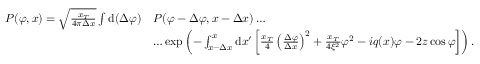
\begin{array} { r l } { P ( \varphi , x ) = \sqrt { \frac { x _ { T } } { 4 \pi \Delta x } } \int \mathrm { d } ( \Delta \varphi ) } & { P ( \varphi - \Delta \varphi , x - \Delta x ) \dots } \\ & { \dots \exp \left( - \int _ { x - \Delta x } ^ { x } \mathrm { d } x ^ { \prime } \left[ \frac { x _ { T } } { 4 } \left( \frac { \Delta \varphi } { \Delta x } \right) ^ { 2 } + \frac { x _ { T } } { 4 \xi ^ { 2 } } \varphi ^ { 2 } - i q ( x ) \varphi - 2 z \cos \varphi \right] \right) . } \end{array}